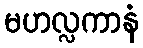
မဟလ္လကာနံ